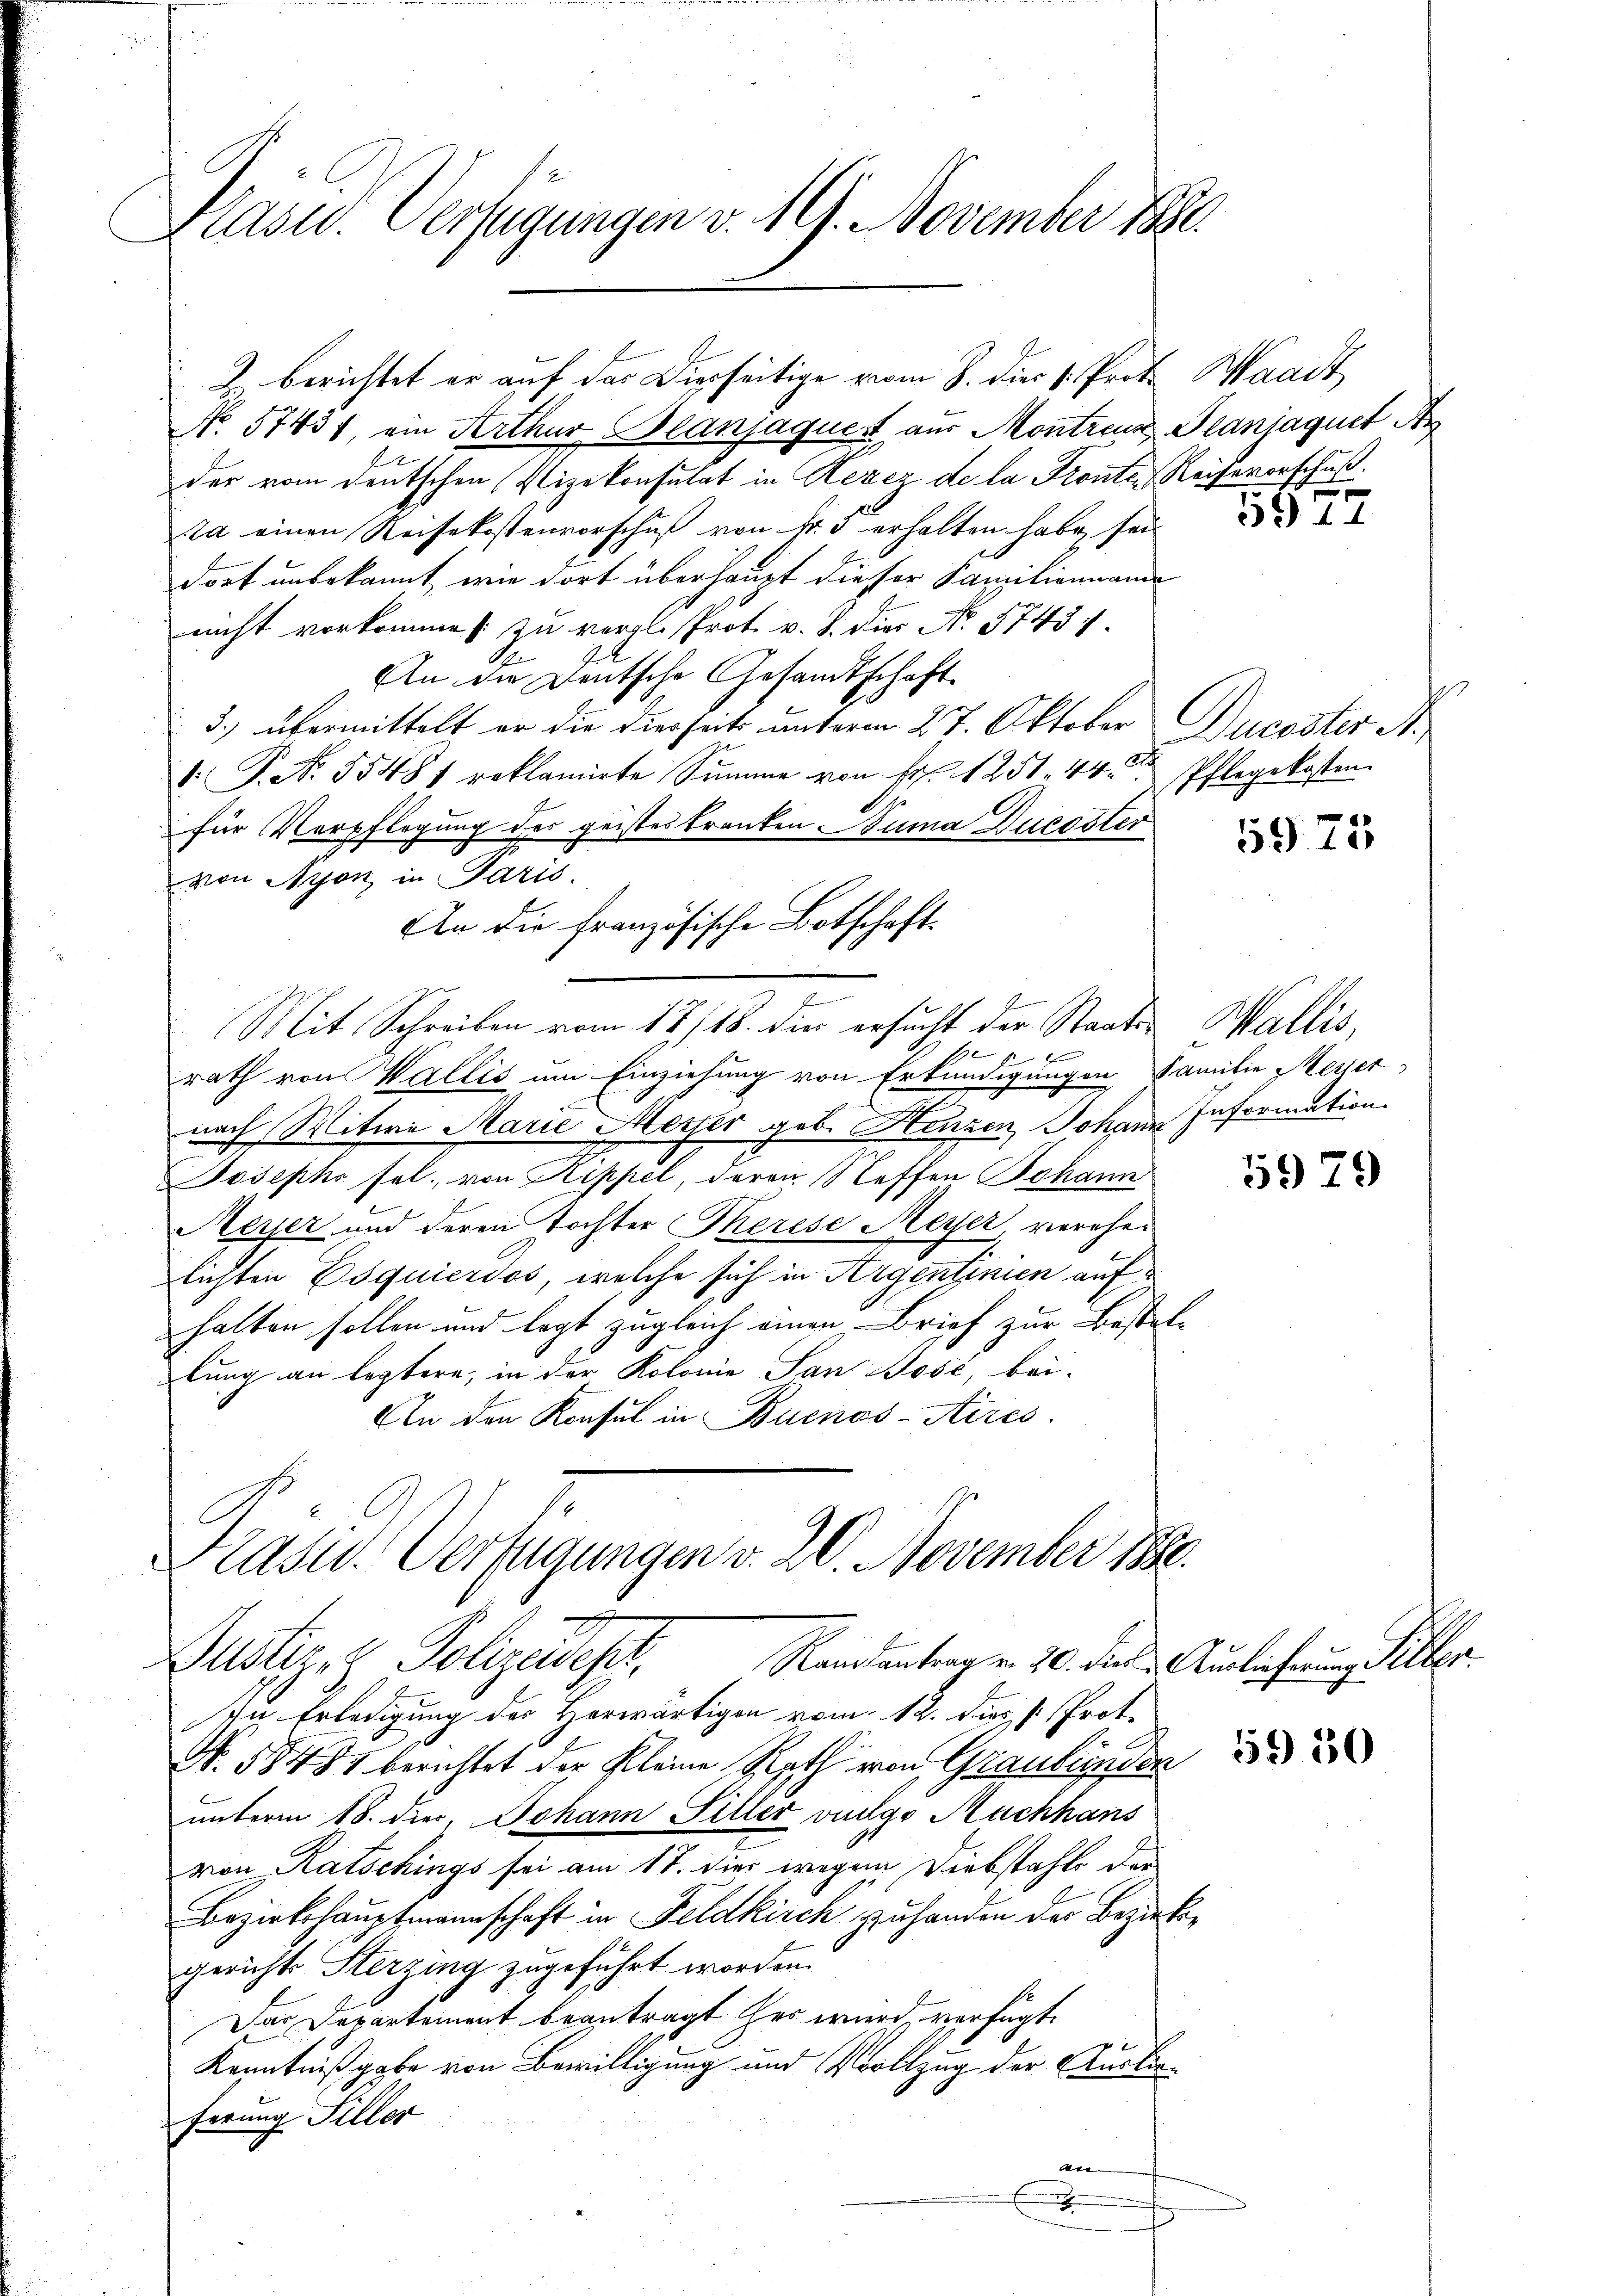
Präsid. Verfügungen v. 19. November 1880

No. 57431, ein Arthur Blanjaquest aus Montreux Pranjaguet Ar
der vom deutschen Pizekonsulat in Rezez de la Fronten Reihevorschuß.
ra einen Reisekostenvorschuß von Nr. 3 erhalten habe, sei
dorf unbekannt, wie dort überhaupt dieser Familiennam
nicht vorkomme zu vergl. Prot. v. J. die No. 57457
An die Deutsche Gesandtschaft
3.) übermittelt er die diesseits unterm 27. Oktober Ducester N.,
1.P. Nr. 5548 reklamirte Summe von Fr. 1251. 44. Pflegekosten.
für Verpflegung des geistes tranken Suma Dücester
von Nyon in Paris.
An die französische Botschaft
.
Mit Schreiben vom 17./18. die ersucht der Staats- Wallis,
 f 0
rath von Wallis um Einziehung von Erkundigungen Familie Messer
nach Witwe Marie Messer geb. Henzen Johann Information
Josephs sel. von Rippel, deren Steffen Johann
Meyer und deren Tochter Therese Meyer, verehelichten Esquierdos, welche sich in Argentinien auf
halten sollen und legt zugleich einen Brief zur Bestat-
lung an leztere, in der Kolonie San Bosé, bei-
An den Konsul in Buenos-Aires.

Z. berichtet er auf das Dierseitige vom 8. die 1. Prot. Waadt

Präsid. Verfügungen v. 20. November 1880.
Justiz & Polizeidest.
Standsantrag v. 20. dies Auslieferung Silber.

In Erledigung des Herwärtigen vom 12. dies s. Prot.
N. 58481 berichtet der Kleine Rath von Graubünden
unterm 18. Dec. Johann Sitter vulgo Nachhans
von Ratschings sei am 17. dies wegen Diebstahle der
Bezirkshauptmannschaft in Feldkirch zu handen der Bezirksgerichts Herzing zugeführt worden.
Das Departement beantragt her wird, verfügte
Kenntnißgabe von Bewilligung und Vollzug der Auslieferung Siller
An- |
e

1977

5975

5979

59 50